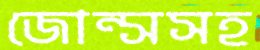
জোন্সসহ